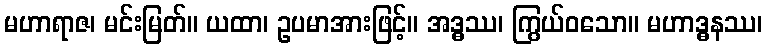
မဟာရာဇ၊ မင်းမြတ်။ ယထာ၊ ဥပမာအားဖြင့်။ အဒ္ဓဿ၊ ကြွယ်ဝသော။ မဟာဒ္ဓနဿ၊